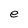
Character: e